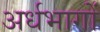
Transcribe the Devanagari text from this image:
अर्धभागों